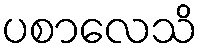
ပစာလေသိ